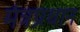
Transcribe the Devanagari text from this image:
मंत्रप्रधान